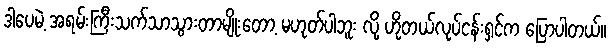
ဒါပေမဲ့ အရမ်းကြီးသက်သာသွားတာမျိုးတော့ မဟုတ်ပါဘူး လို့ ဟိုတယ်လုပ်ငန်းရှင်က ပြောပါတယ်။